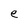
Character: e